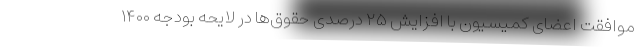
موافقت اعضای کمیسیون با افزایش ۲۵ درصدی حقوق‌ها در لایحه بودجه ۱۴۰۰